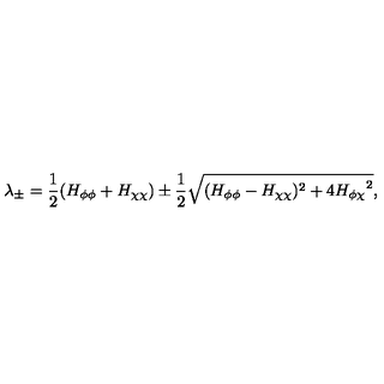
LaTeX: \lambda _ { \pm } = \frac { 1 } { 2 } ( H _ { \phi \phi } + H _ { \chi \chi } ) \pm \frac { 1 } { 2 } \sqrt { ( H _ { \phi \phi } - H _ { \chi \chi } ) ^ { 2 } + 4 { H _ { \phi \chi } } ^ { 2 } } ,